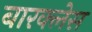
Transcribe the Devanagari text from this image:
बारक्लेस